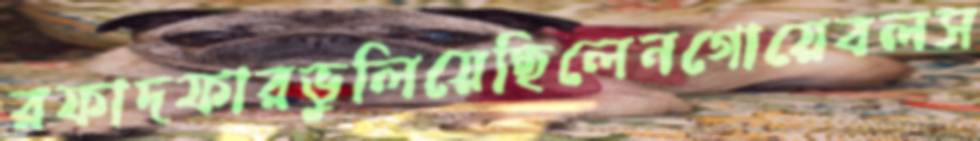
রফাদফারভুলিয়েছিলেনগোয়েবলস